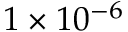
1 \times 1 0 ^ { - 6 }